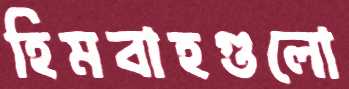
হিমবাহগুলো